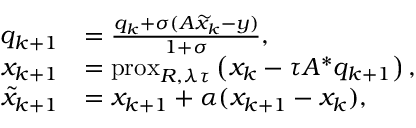
\begin{array} { r l } { q _ { k + 1 } } & { = \frac { q _ { k } + \sigma ( A \widetilde { x } _ { k } - y ) } { 1 + \sigma } , } \\ { x _ { k + 1 } } & { = \mathrm { p r o x } _ { R , \lambda \tau } \left( x _ { k } - \tau A ^ { * } q _ { k + 1 } \right) , } \\ { \widetilde { x } _ { k + 1 } } & { = x _ { k + 1 } + \alpha ( x _ { k + 1 } - x _ { k } ) , } \end{array}